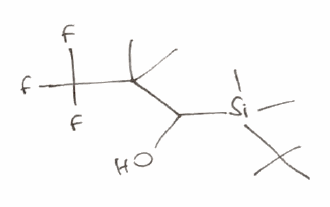
Simplified molecular-input line-entry system (SMILES) notation of the given molecule:
CC(C)(C)[Si](C)(C)C(C(C)(C)C(F)(F)F)O